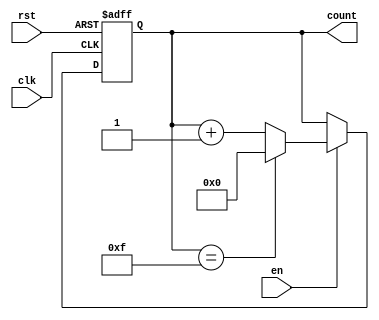
module MultiBitCounter #(
    parameter WIDTH = 4 // Parameter to set the bit width of the counter
) (
    input wire clk,           // Clock signal
    input wire rst,           // Asynchronous reset signal
    input wire en,            // Enable signal
    output reg [WIDTH-1:0] count // Current count value
);

    // Maximum value for the counter
    localparam MAX_COUNT = (1 << WIDTH) - 1; // 2^WIDTH - 1

    // Always block triggered on the rising edge of the clock
    always @(posedge clk or posedge rst) begin
        if (rst) begin
            count <= 0; // Reset the counter to 0
        end else if (en) begin
            if (count == MAX_COUNT) begin
                count <= 0; // Wrap around if maximum is reached
            end else begin
                count <= count + 1; // Increment the counter
            end
        end
    end

endmodule